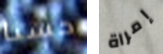
حسنا إمراة